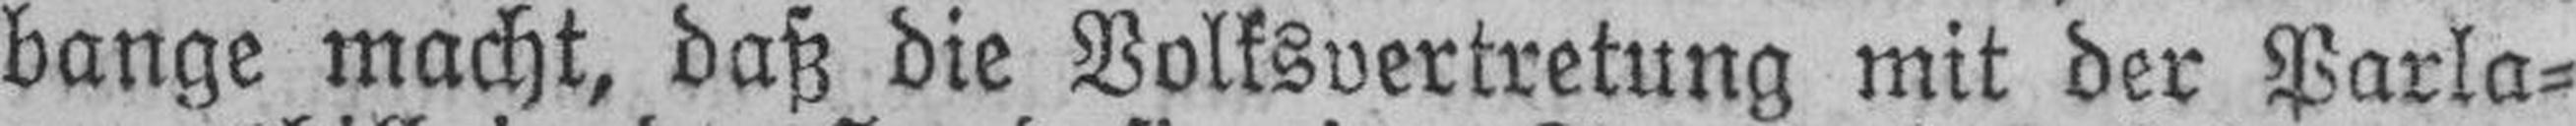
bange macht, daß die Volksvertretung mit der Parla¬